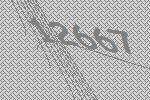
12667